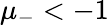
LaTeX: \mu_{-}<-1